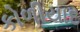
કોળીયાદ